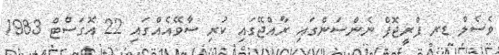
ވެސެލް ޑރ ފްރީޖޮފް ނެންސަންގައި ރާއްޖޭގައި ކުރި ސާވޭއެއްގައި 22 އޮގަސްޓް 1983